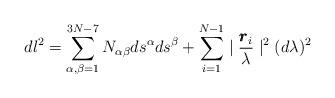
LaTeX: \begin{align*}dl^{2}=\sum_{\alpha,\beta=1}^{3N-7}N_{\alpha\beta}ds^{\alpha}ds^{\beta}+\sum_{i=1}^{N-1}\mid\frac{\pmb{r}_{i}}{\lambda}\mid^{2} (d\lambda)^{2}\end{align*}